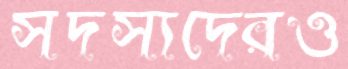
সদস্যদেরও